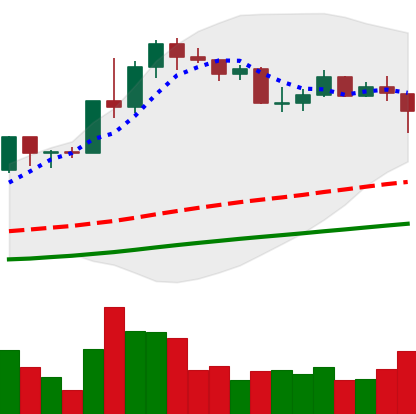
Ticker: LINK-USD
Chart end date: 2020-07-27
Forward return: 17.037%
Label: up_7plus